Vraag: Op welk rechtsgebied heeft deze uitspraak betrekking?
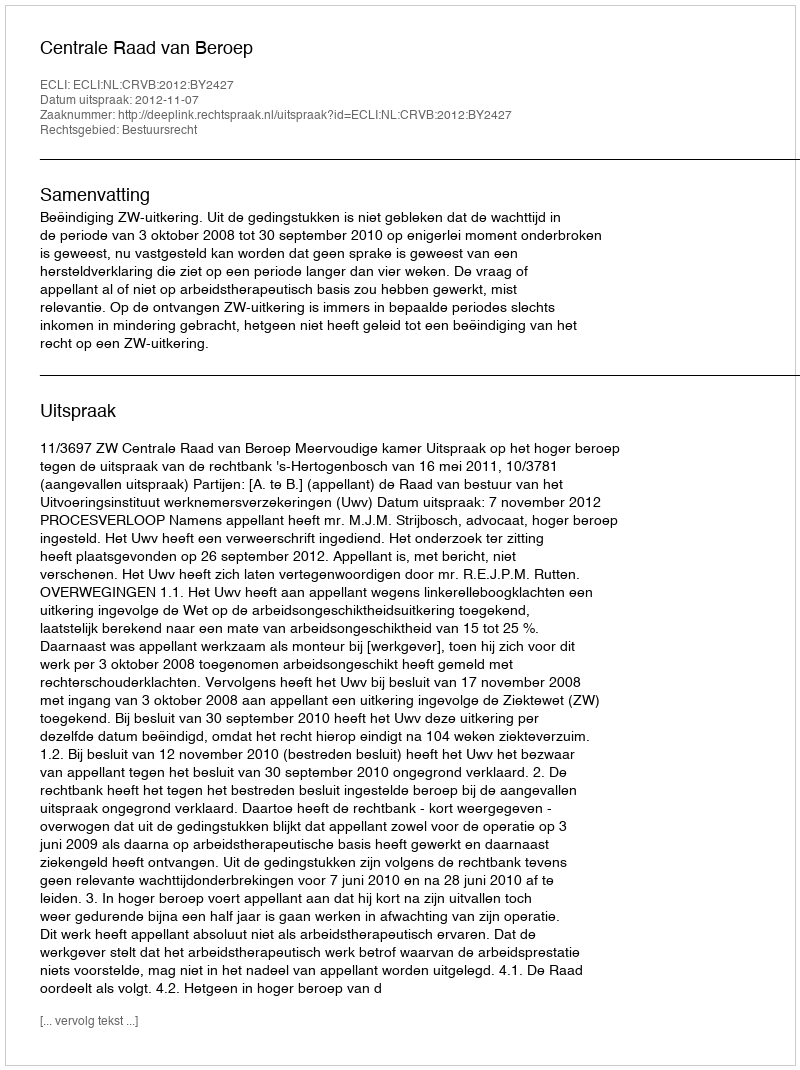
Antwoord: Bestuursrecht